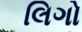
લિગો